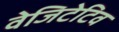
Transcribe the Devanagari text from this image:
वेजिटेटिव